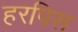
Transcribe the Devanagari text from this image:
हरपिस